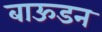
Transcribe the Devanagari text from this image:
बाऊडन